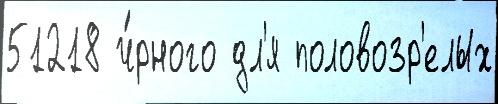
51218 ч́рного дл'я половозр'елых